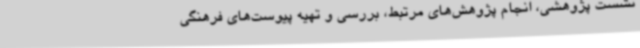
نشست پژوهشی، انجام پژوهش‌های مرتبط، بررسی و تهیه پیوست‌های فرهنگی